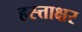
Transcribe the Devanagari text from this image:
हस्त्ताक्षर